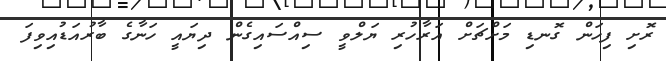
ރޮށި ފިހަން ގޮނޑި މަށްޗަށް އަރާހުރި ޔަލްވީ ސިއްސައިގެން ދިޔައީ ހަނާގެ ބާރުއަޑުއިވިފަ